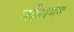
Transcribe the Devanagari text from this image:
महेशगंज